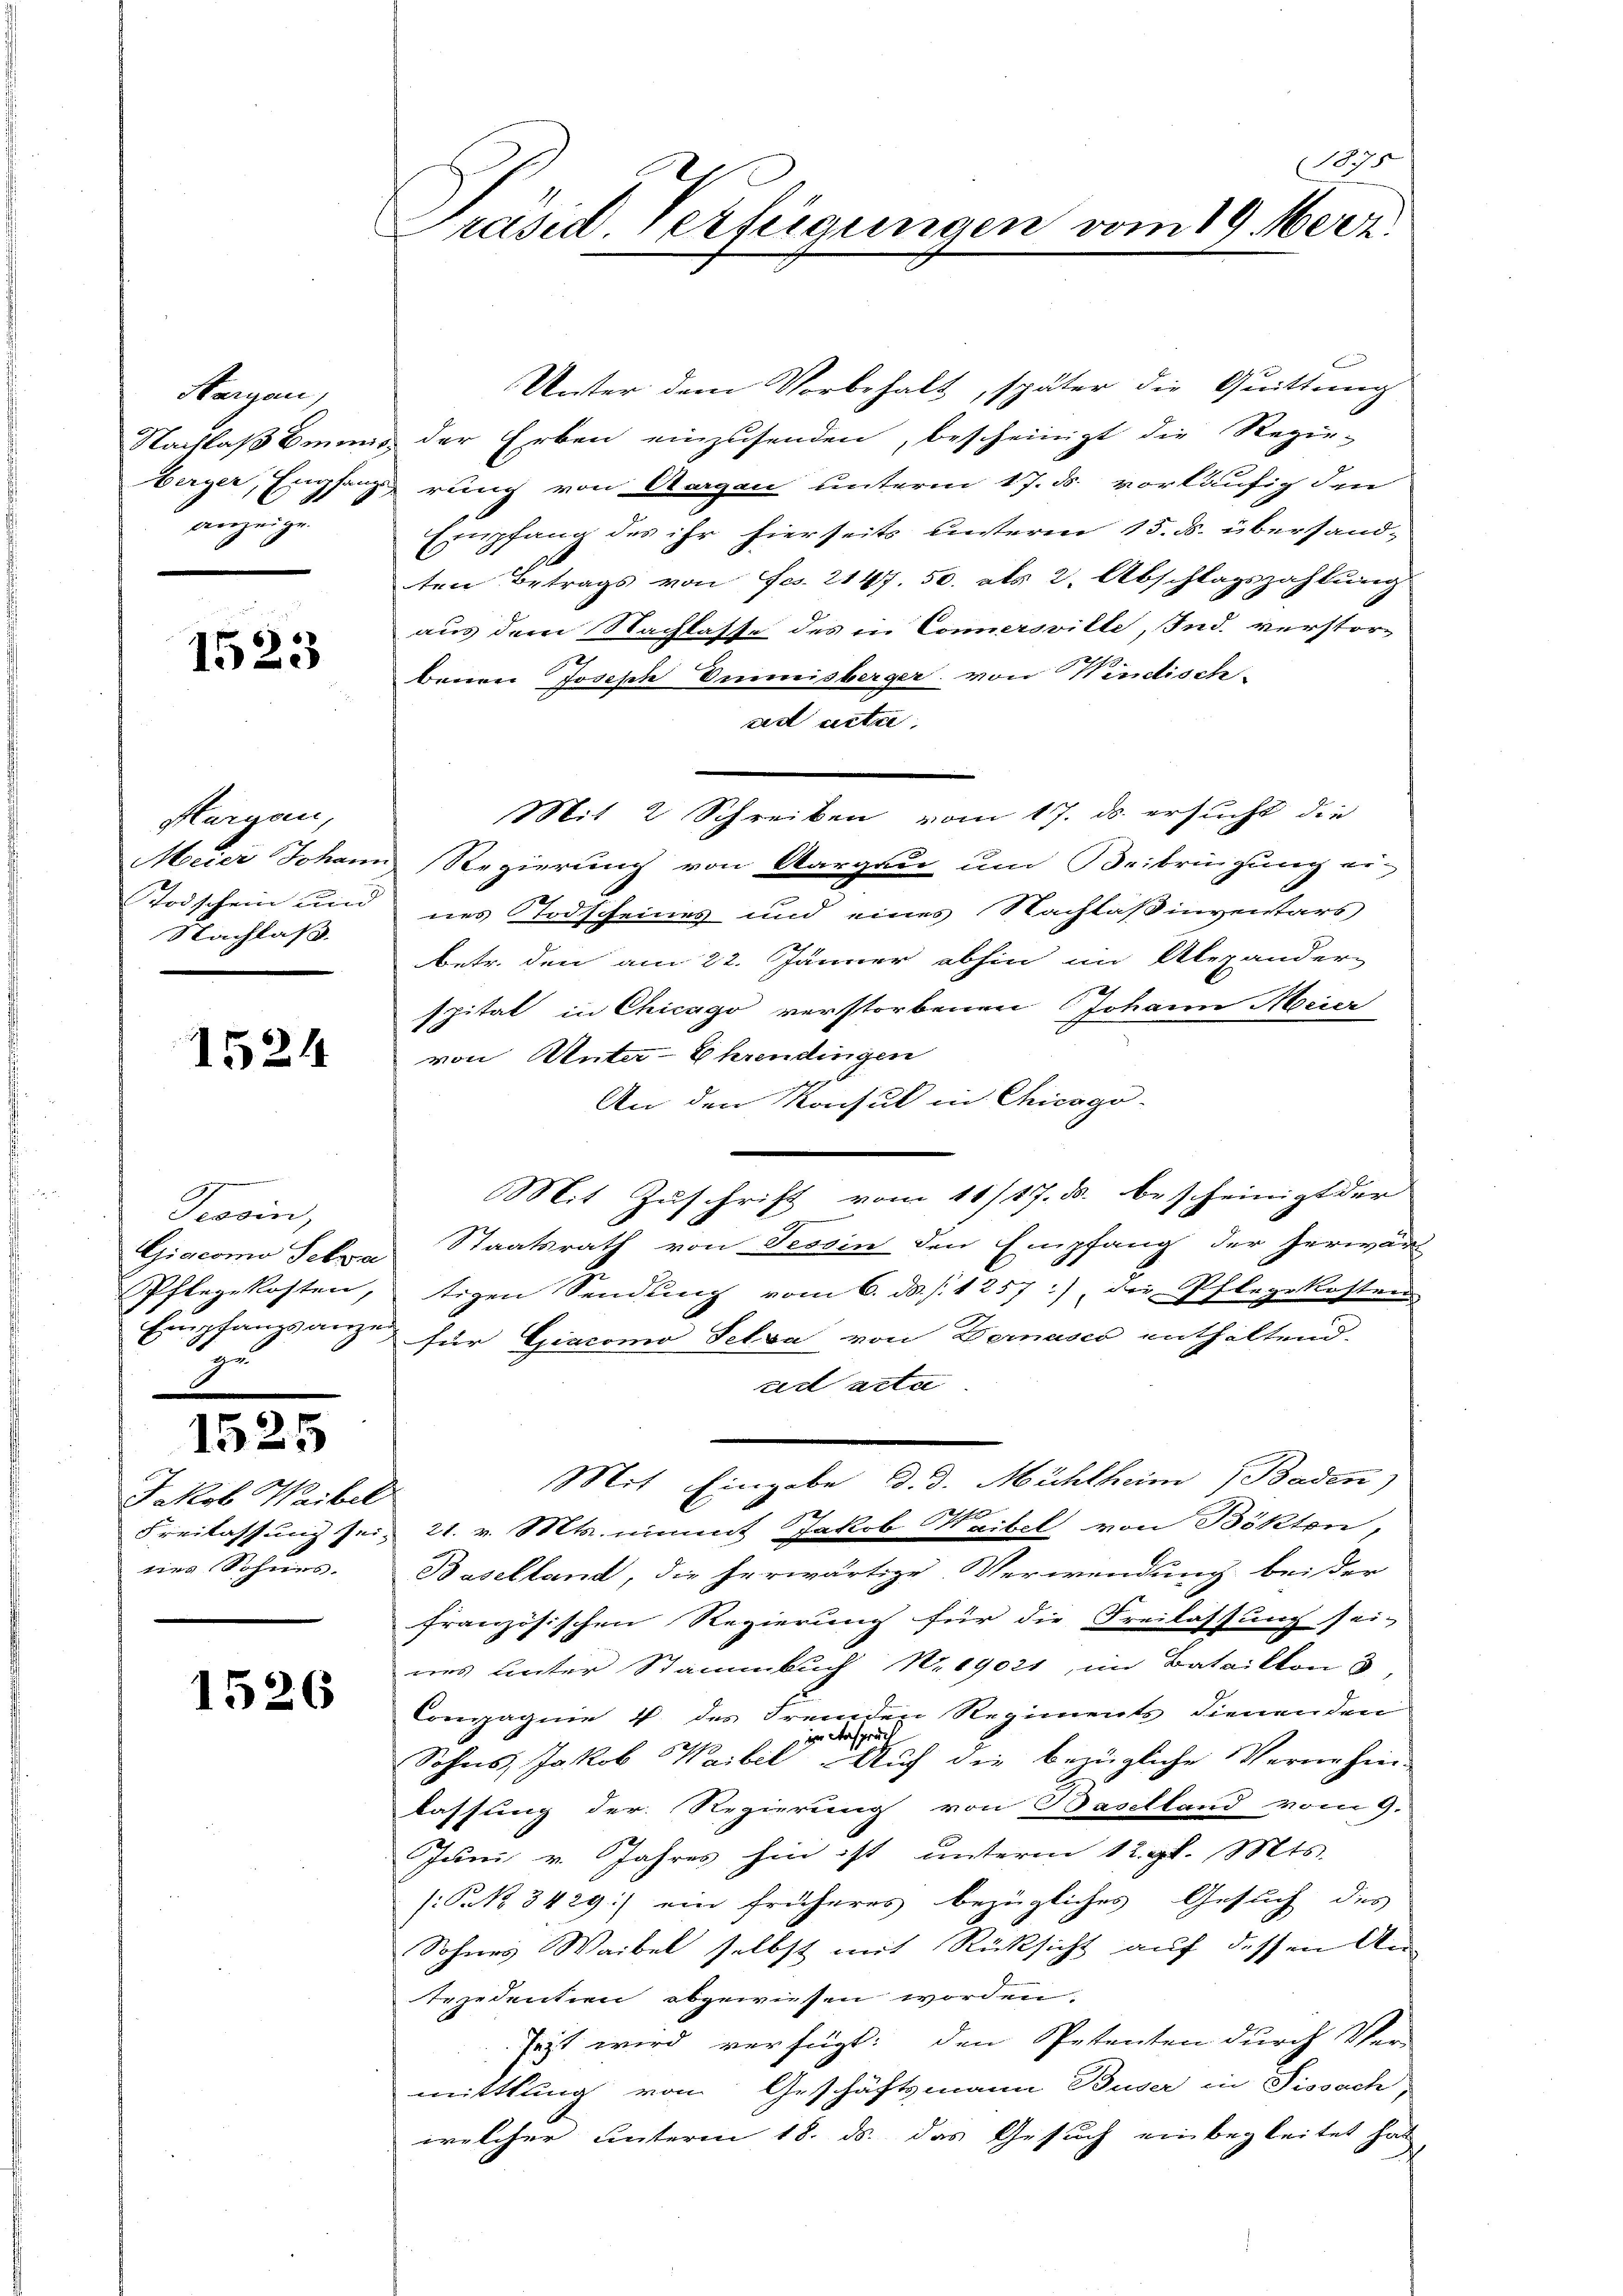
Hargau,
anzeige.

1523

Margau,
Nachlass.

1524

Frovin,
zu

1525

1
Jakob Waibel
ees Schaus.

1526

(175
Präsid. Verfügungen vom 19. Merz

Unter dem Vorbehalt, später die Quittung
Nachlaß bmnis der Erben einzusenden, bescheinigt die Regier-
berger, Empfangerung von Aargau unterm 17. ds. vorläufig den
Empfang des ihr hierseits unteren 15. ds. überstand¬
Ca
g
ten Betrags von Fcs. 2147. 50. als 2. Abschlagszahlung
aus dem Nachlasse des in Connersville, Ind. verstorc
berren Joseph Immisberger von Windisch-
ad acta
Mit 2 Schreiben vom 17. ds. ersucht die
Meier Johann Regierung von Aargau um Beibringung ei¬
Todschein und nes Todscheines und eines Nachläßinventars
betr. den am 22. Jänner abhin im Alexander-
spital in Chicago verstorbenen Johann Meier
von Unter-Ehrendingen
An den Konsul in Chicago-
Mit Zuschrift vom 11/17. ds. bescheinigt der
Giacomo sehre Staatsrath von Tessin den Empfang der herwär
Pflegekosten, tigen Sendung vom 6. ds. . 1257), die Pflegekosten
Empfangsanzen für Giacomo Selva von Bernasco enthaltend.
ad acta.
Mit Eingabe d. d. Mühlheim Baden)
Freilassung sei, 21. v. Mts. niment Jakob Weibel von Bökten,
Baselland, die herwärtige Verwendung bei der
französischen Regierung für die Freilassung sei,
nes unter Stammbuch N. 19021, im Bataillon 3,
Compagnie 4 der Fremden Regiments dienenden
in Anspruch
Sohns, Jakob Waibel Auf die bezügliche Vernehm-
lassung der Regierung von Baselland vom 9.
Juni v. Jahres hin ist unterm 12. gl. Mts.
(Pek 3429.) ein früheres bezügliches Gesuch des
Sohnes Waibel selbst mit Rücksicht auf dessen An-
Rejedentien abgewiesen worden.
sezt wird verfügt: den Petenten durch Ver-
mittlung von Geschäftsmann Buser in Sissach,
welcher unterm 18. ds. das Gesuch einbegleitet hat,